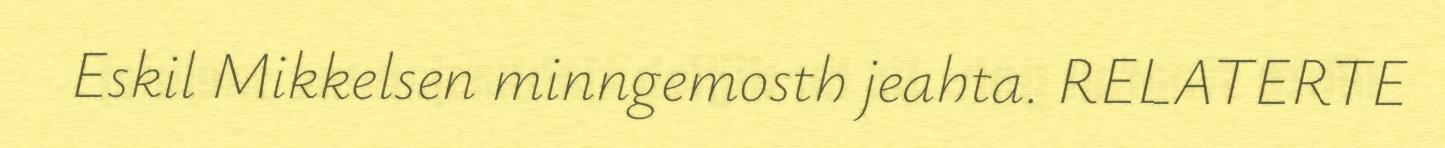
Eskil Mikkelsen minngemosth jeahta. RELATERTE